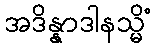
အဒိန္နာဒါနသ္မိံ